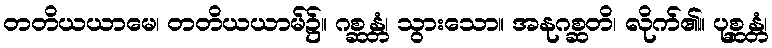
တတိယယာမေ၊ တတိယယာမ်၌။ ဂစ္ဆန္တံ၊ သွားသော။ အနုဂစ္ဆတိ၊ လိုက်၏။ ပုစ္ဆန္တံ၊